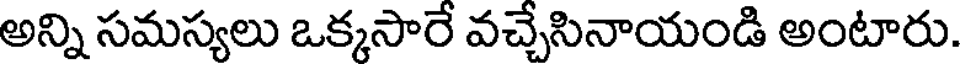
అన్ని సమస్యలు ఒక్కసారే వచ్చేసినాయండి అంటారు.